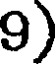
9)